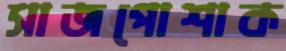
সাজপোশাক